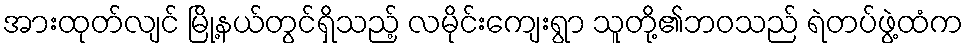
အားထုတ်လျင် မြို့နယ်တွင်ရှိသည့် လမိုင်းကျေးရွာ သူတို့၏ဘဝသည် ရဲတပ်ဖွဲ့ထံက